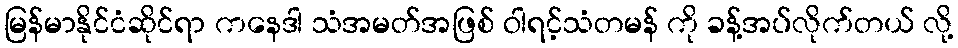
မြန်မာနိုင်ငံဆိုင်ရာ ကနေဒါ သံအမတ်အဖြစ် ဝါရင့်သံတမန် ကို ခန့်အပ်လိုက်တယ် လို့